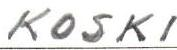
KOSKI